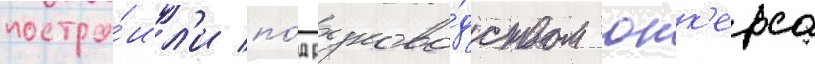
постро́ил'и по́д руково́дством юнк'ерса